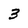
Character: 3